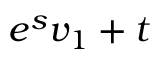
e ^ { s } v _ { 1 } + t